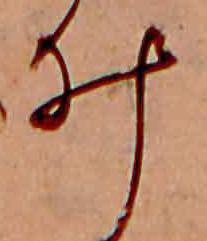
ゐ